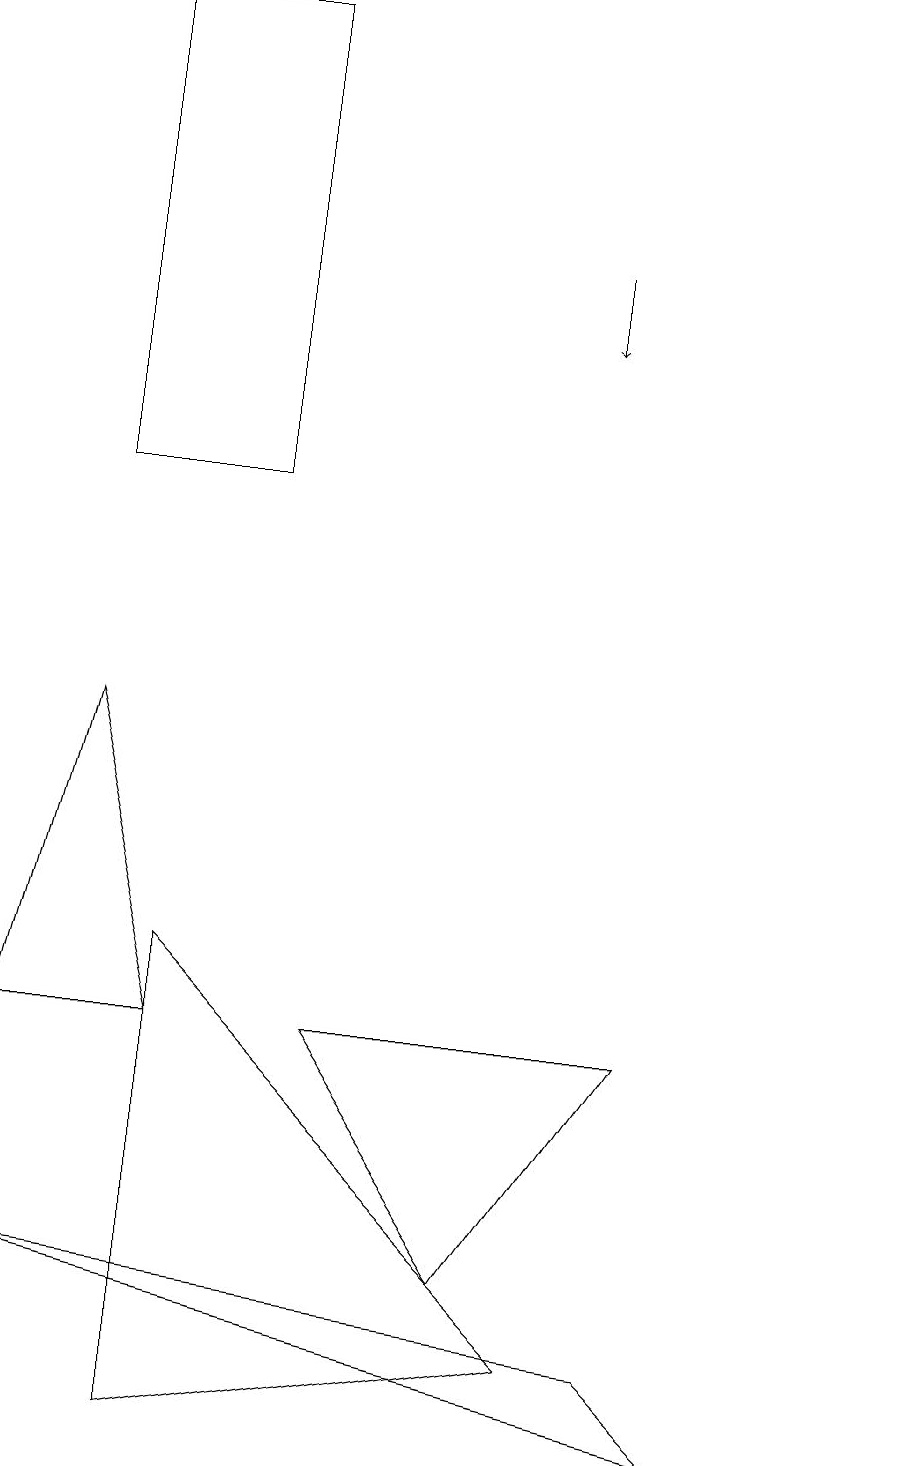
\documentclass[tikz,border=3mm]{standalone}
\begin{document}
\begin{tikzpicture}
\draw (3,18) rectangle (1,12);
\draw (9,0) -- (0,2) -- (8,1) -- cycle;
\draw[->] (7,15) -- (7,14);
\draw (0,5) -- (1,9) -- (2,5) -- cycle;
\draw (8,5) -- (6,2) -- (4,5) -- cycle;
\draw (11,10) circle (0);
\draw (7,1) -- (2,6) -- (2,0) -- cycle;
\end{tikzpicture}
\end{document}